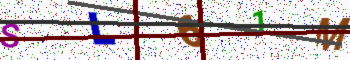
Text: SL61M